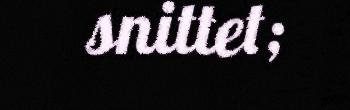
snittet;